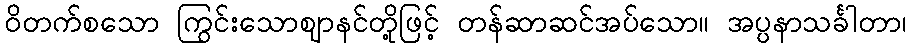
ဝိတက်စသော ကြွင်းသောဈာနင်တို့ဖြင့် တန်ဆာဆင်အပ်သော။ အပ္ပနာသင်္ခါတာ၊